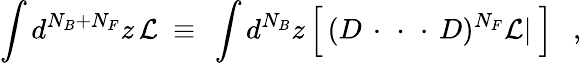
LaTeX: \int d^{N_{B}+N_{F}}z\, {\cal L}~\equiv~\int d^{N_{B}}z\, \Big[\, (D\, \cdot\, \, \cdot\, \, \cdot\, D)^{N_{F}}{\cal L}|~\Big]~~~,